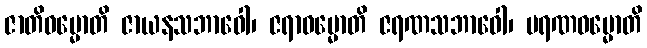
ဇာတိဓမ္မောတိ ဇာယနသဘာဝေါ၊ ဇရာဓမ္မောတိ ဇရဏသဘာဝေါ၊ မရဏဓမ္မောတိ